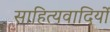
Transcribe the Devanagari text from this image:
साहित्यवादियों